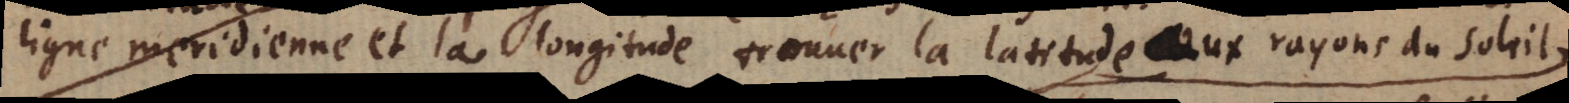
ligne meridienne et la longitude trouuer la latitude aux rayons du soleil